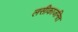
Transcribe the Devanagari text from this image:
लसीकाजनित